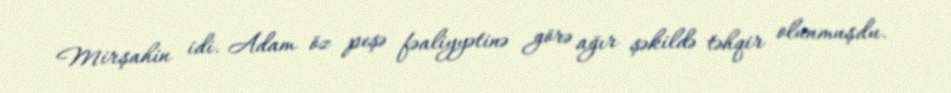
Mirşahin idi. Adam öz peşə fəaliyyətinə görə ağır şəkildə təhqir olunmuşdu.